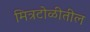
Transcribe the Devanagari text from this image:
मित्रटोळीतील